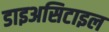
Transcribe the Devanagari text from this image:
डाइअसिटाइल